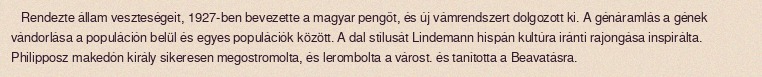
Rendezte állam veszteségeit, 1927-ben bevezette a magyar pengőt, és új vámrendszert dolgozott ki. A génáramlás a gének vándorlása a populáción belül és egyes populációk között. A dal stílusát Lindemann hispán kultúra iránti rajongása inspirálta. Philipposz makedón király sikeresen megostromolta, és lerombolta a várost. és tanította a Beavatásra.